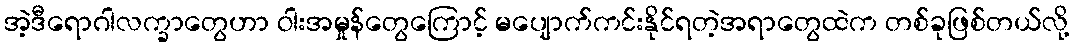
အဲ့ဒီရောဂါလက္ခာတွေဟာ ဝါးအမှုန်တွေကြောင့် မပျောက်ကင်းနိုင်ရတဲ့အရာတွေထဲက တစ်ခုဖြစ်တယ်လို့